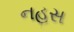
નહસ